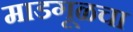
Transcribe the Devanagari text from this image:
माडगूळचा